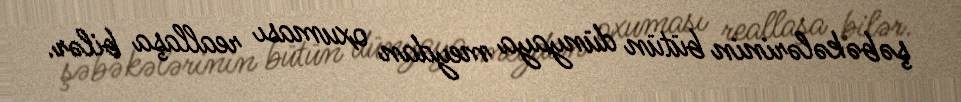
şəbəkələrinin bütün dünyaya meydan oxuması reallaşa bilər.